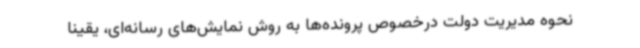
نحوه مدیریت دولت درخصوص پرونده‌ها به روش نمایش‌های رسانه‌ای، یقیناً